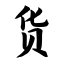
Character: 货